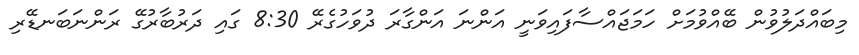
މިބައްދަލުވުން ބޭއްވުމަށް ހަމަޖައްސާފައިވަނީ އަންނަ އަންގާރަ ދުވަހުގެރޭ 8:30 ގައި ދަރުބާރުގޭ ރަންނަބަނޑޭރި